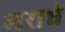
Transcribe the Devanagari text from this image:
मराघे